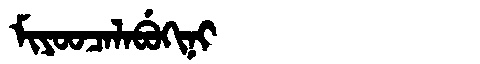
Manchu: ᠮᡳᠶᠣᠣᠴᠠᠯᠠᠪᡠᡴᡳᠨᡳ
Romanization: MIYOOCALABUKINI